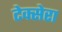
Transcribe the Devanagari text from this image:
टेक्सेरा